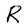
Character: R